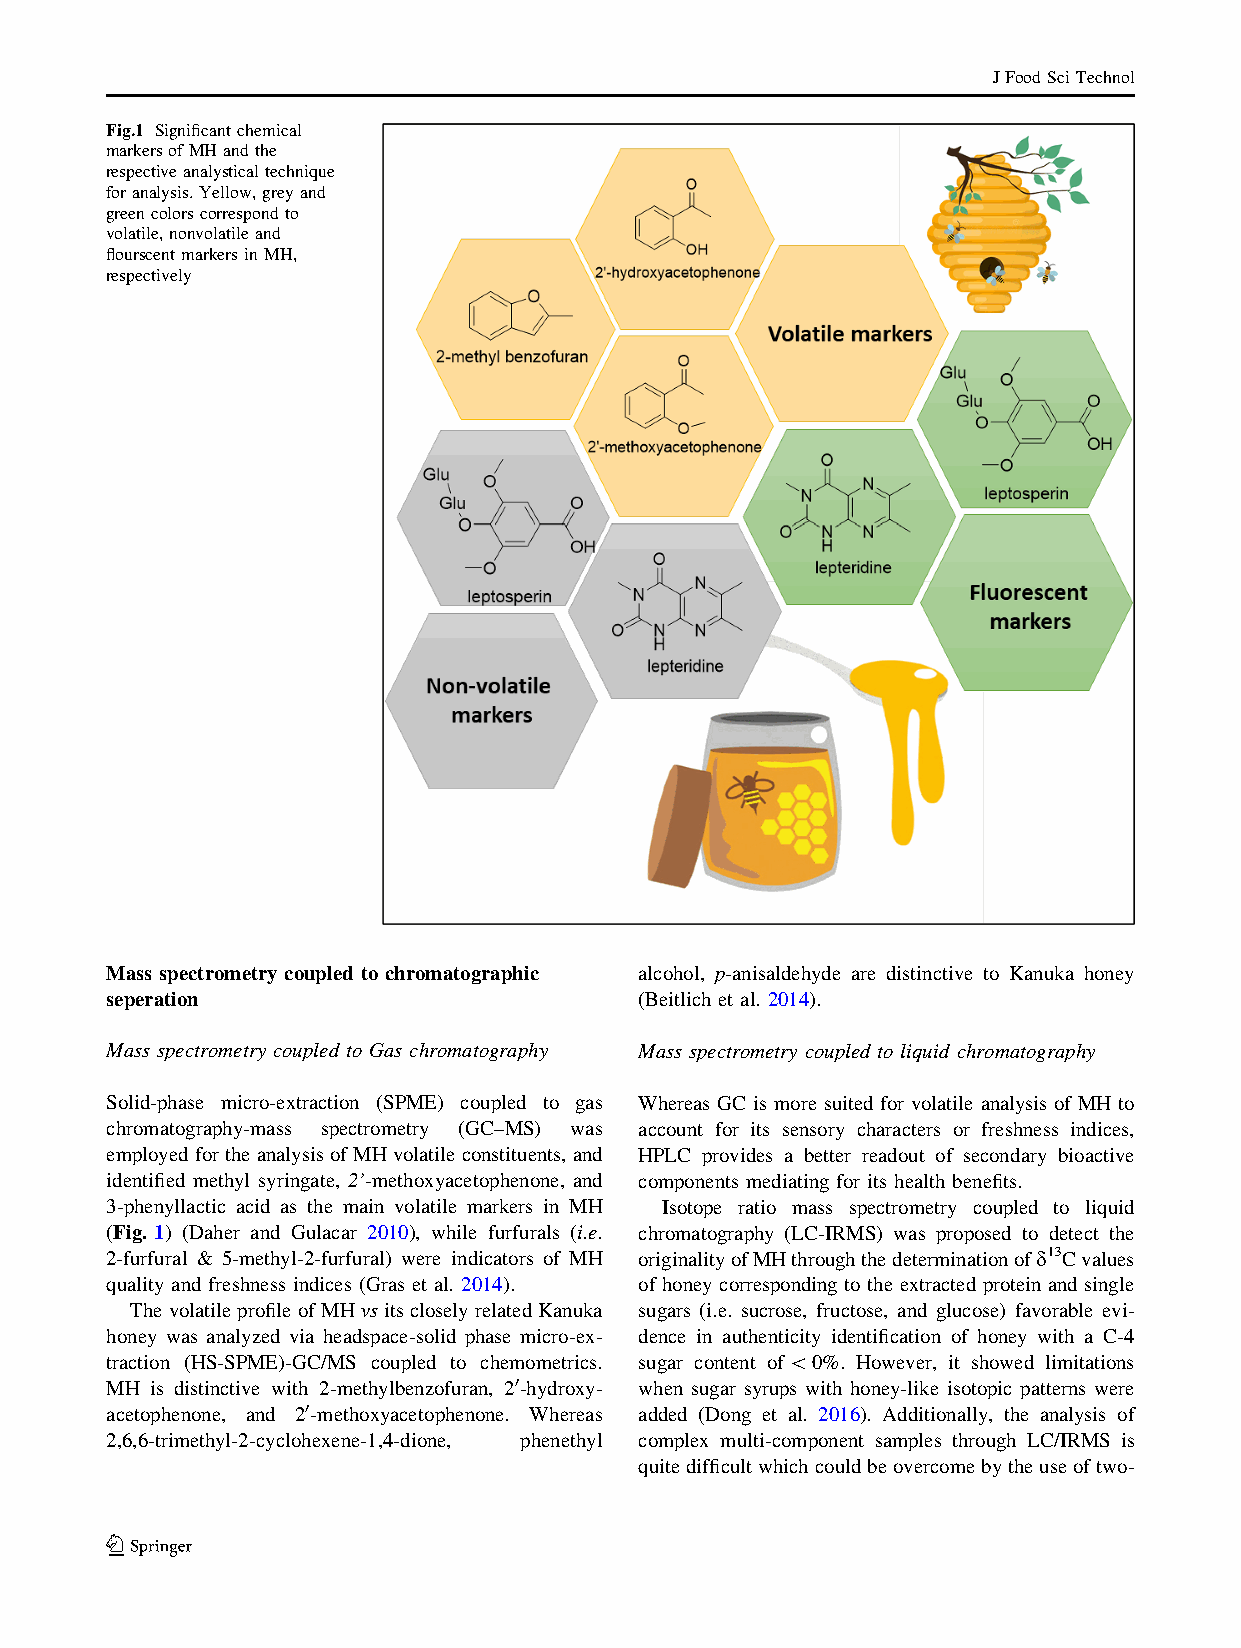
JFoodSciTechnol
 Fig.1 Significantchemical
 markersofMHandthe
 respectiveanalysticaltechnique
 foranalysis.Yellow,greyand
 greencolorscorrespondto
 volatile,nonvolatileand
 flourscentmarkersinMH,
 respectively
 Mass spectrometry coupled to chromatographic alcohol, p-anisaldehyde are distinctive to Kanuka honey
 seperation                         (Beitlich et al. 2014).
 Mass spectrometry coupled to Gas chromatography Mass spectrometry coupled to liquid chromatography
 Solid-phase micro-extraction (SPME) coupled to gas Whereas GC is more suited for volatile analysis of MH to
 chromatography-mass spectrometry (GC–MS) was account for its sensory characters or freshness indices,
 employedfortheanalysisofMHvolatileconstituents,and HPLC provides a better readout of secondary bioactive
 identified methyl syringate, 2’-methoxyacetophenone, and components mediating for its health benefits.
 3-phenyllactic acid as the main volatile markers in MH Isotope ratio mass spectrometry coupled to liquid
 (Fig. 1) (Daher and Gulacar 2010), while furfurals (i.e. chromatography (LC-IRMS) was proposed to detect the
 2-furfural & 5-methyl-2-furfural) were indicators of MH originalityofMHthroughthedeterminationofd13Cvalues
 quality and freshness indices (Gras et al. 2014). of honey corresponding to the extracted protein and single
 ThevolatileprofileofMHvsitscloselyrelatedKanuka sugars (i.e. sucrose, fructose, and glucose) favorable evi-
 honey was analyzed via headspace-solid phase micro-ex- dence in authenticity identification of honey with a C-4
 traction (HS-SPME)-GC/MS coupled to chemometrics. sugar content of\0%. However, it showed limitations
 MH is distinctive with 2-methylbenzofuran, 20-hydroxy- when sugar syrups with honey-like isotopic patterns were
 acetophenone, and 20-methoxyacetophenone. Whereas added (Dong et al. 2016). Additionally, the analysis of
 2,6,6-trimethyl-2-cyclohexene-1,4-dione, phenethyl complex multi-component samples through LC/IRMS is
 quitedifficultwhichcouldbeovercomebytheuseoftwo-
 123